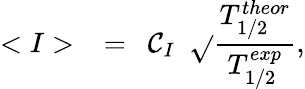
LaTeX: <I>~~=~~\mathcal{C}_{I}~~\sqrt{}{{\frac{{T_{1/2}^{theor}}}{{T_{1/2}^{exp}}}}},